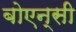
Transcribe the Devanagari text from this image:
बोएन्सी